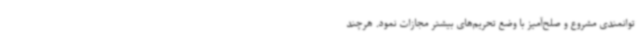
توانمندی مشروع و صلح‌آمیز با وضع تحریم‌های بیشتر مجازات نمود. هرچند